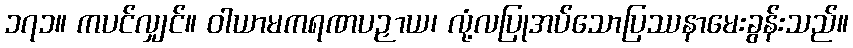
၁၇၁။ ကပင်လျှင်။ ဝါယာမကရဏပဉှာယ၊ လုံ့လပြုအပ်သောပြဿနာမေးခွန်းသည်။